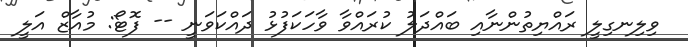
ވިލިނގިލީ ރައްޔިތުންނާއި ބައްދަލު ކުރައްވާ ވާހަކަފުޅު ދައްކަވަނީ -- ފޮޓޯ: މުއާޒް އަލީ